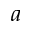
a